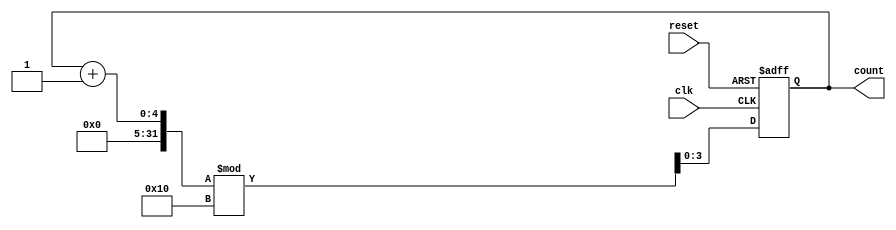
module binary_counter #(
    parameter N = 4  // N is the number of bits (counter goes from 0 to 2^N - 1)
) (
    input wire clk,       // Clock signal
    input wire reset,     // Asynchronous active-high reset
    output reg [N-1:0] count  // Current counter value (output state)
);

// Sequential logic for the counter
always @(posedge clk or posedge reset) begin
    if (reset) begin
        // Asynchronous reset: set count to 0
        count <= 0;
    end else begin
        // Increment the count
        count <= (count + 1) % (1 << N); // Wrap around after reaching (2^N - 1)
    end
end

endmodule